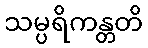
သမ္ပရိကန္တတိ